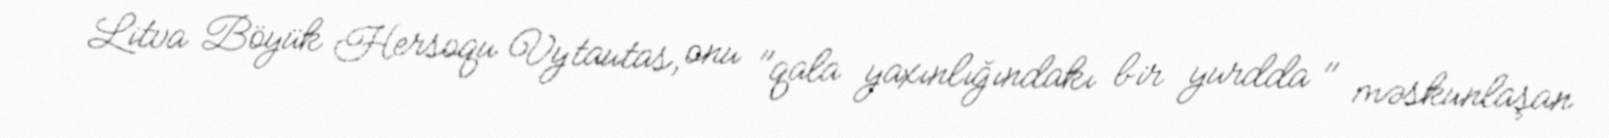
Litva Böyük Hersoqu Vytautas, onu "qala yaxınlığındakı bir yurdda " məskunlaşan